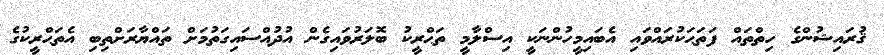
ޤުރައިޝުންގެ ހިތްތައް ފަތަޙަކުރައްވައި އެބައިމީހުންނަކީ އިސްލާމީ ތަޙްރީކު ބޮލަރުވައިގެން އުދުއްސައިގަތުމަށް ތައްޔާރަށްތިބި އެތަޙްރީކުގެ